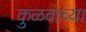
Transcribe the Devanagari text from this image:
कुळवाच्या